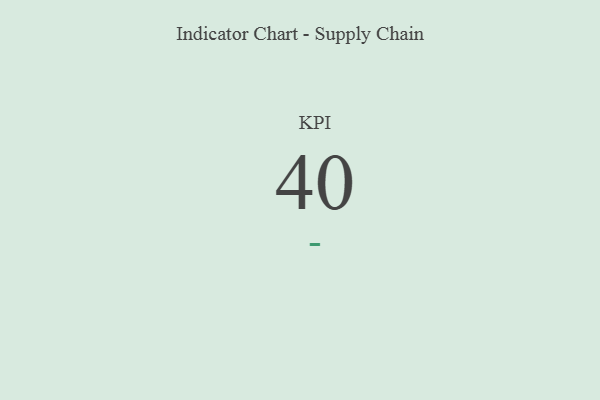
{"axis": {"x": "KPI", "y": "Value"}, "legend": [""], "data": [{"x": "KPI", "y": 40, "type": ""}]}